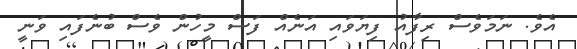
އެވެ. ނަމަވެސް ރިފާއު ފިޔަވައި އަނެއް ފަސް މީހުން ވެސް ބުނެފައި ވަނީ